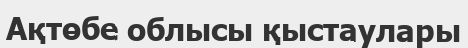
Ақтөбе облысы қыстаулары